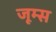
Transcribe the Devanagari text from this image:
जूम्स